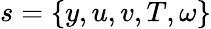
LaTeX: s=\{ y,u,v,T,\omega\}